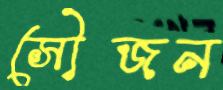
সৌজন